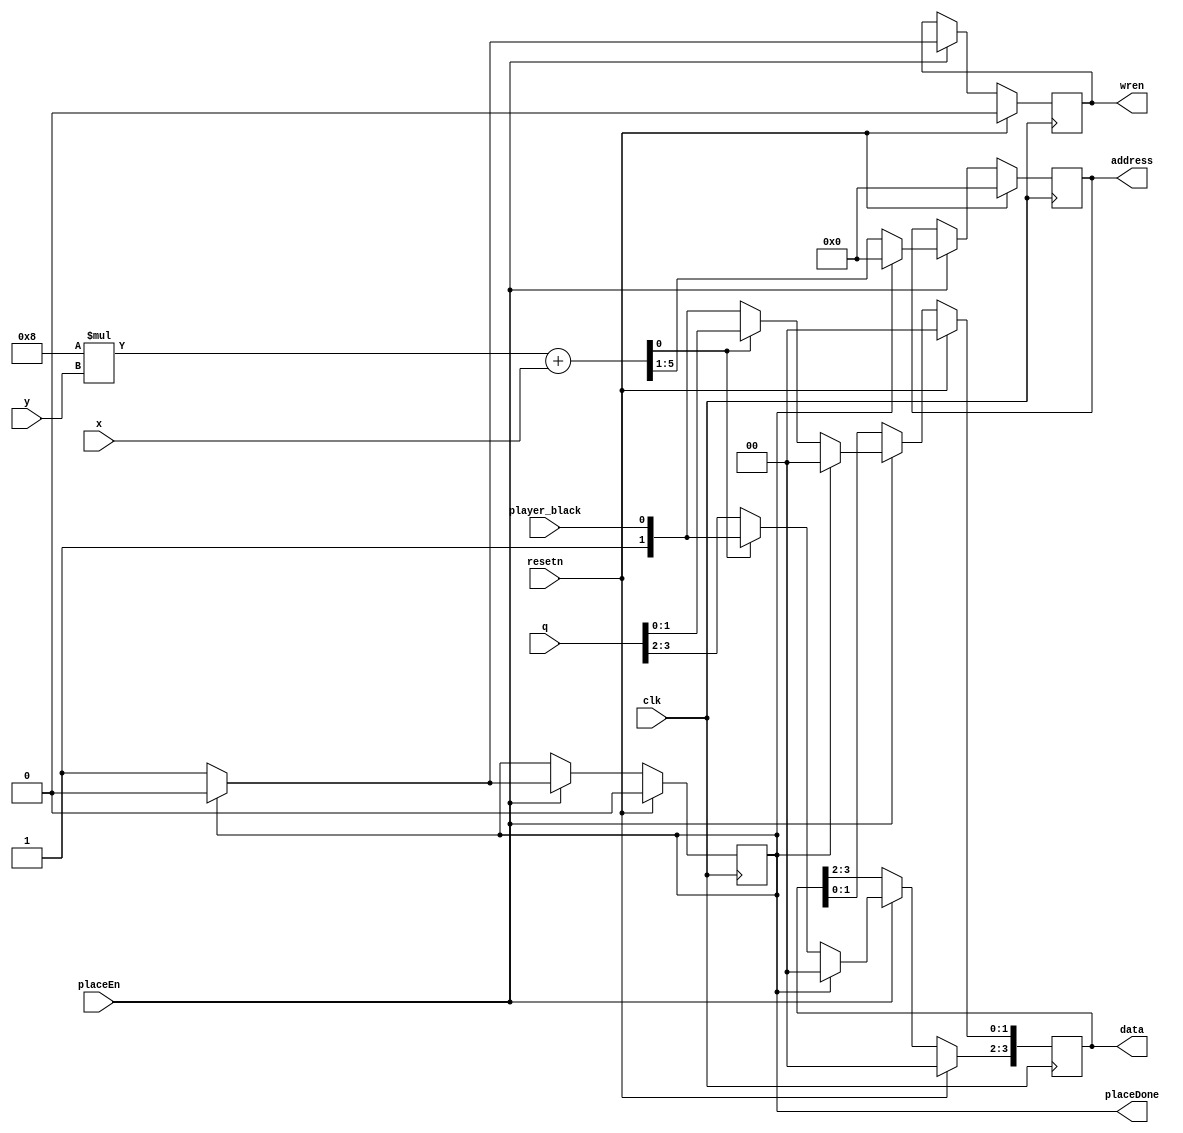
module placeSecond(
								input [2:0] x,
								input [2:0] y,
								input placeEn,
								input [3:0] q,
								input resetn,
								input clk,
								input player_black,
								
								output reg wren,
								output reg [4:0] address,
								output reg [3:0] data,
								output reg placeDone
								);
								
		wire [5:0] position;
		wire [1:0] piece;
		assign position = 8*y + x;
		assign piece = {1'b1, player_black};
		
		always @(posedge clk)
		begin
			if (resetn) 
				begin 
					wren <= 0;
					address <= 0;
					data <= 0;
					placeDone <= 0;
				end 
				
			else 
				begin
					if (placeEn) 
						begin
							if (placeDone)
							begin
								placeDone <= 0;
								wren <= 0;
								address <= 0;
								data <= 0;
								
							end 
							
							else
							begin 
								
								if(position[0] == 1'b0)
								begin 
									wren <= 1;
									address <= position[5:1];
									data[1:0] <= piece;
									data[3:2] <= q[3:2];
									placeDone <= 1;
								end
								
								else 
								begin
									wren <= 1;
									address <= position[5:1];
									data[1:0] <= q[1:0];
									data[3:2] <= piece;
									placeDone <= 1;
								end 
							
							end 
						end 
				end 
		end 
endmodule